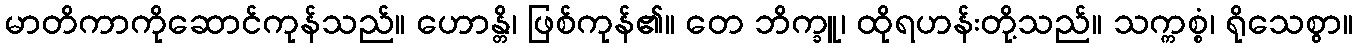
မာတိကာကိုဆောင်ကုန်သည်။ ဟောန္တိ၊ ဖြစ်ကုန်၏။ တေ ဘိက္ခူ၊ ထိုရဟန်းတို့သည်။ သက္ကစ္စံ၊ ရိုသေစွာ။